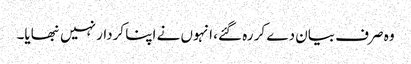
وہ صرف بیان دے کر رہ گئے، انہوں نے اپنا کردار نہیں نبھایا۔